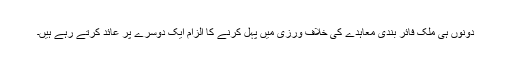
دونوں ہی ملک فائر بندی معاہدے کی خلاف ورزی میں پہل کرنے کا الزام ایک دوسرے پر عائد کرتے رہے ہیں۔